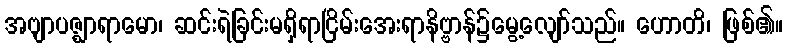
အဗျာပဇ္ဈာရာမော၊ ဆင်းရဲခြင်းမရှိရာငြိမ်းအေးရာနိဗ္ဗာန်၌မွေ့လျော်သည်။ ဟောတိ၊ ဖြစ်၏။